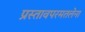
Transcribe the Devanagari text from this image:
प्रस्तावपरमतलेना